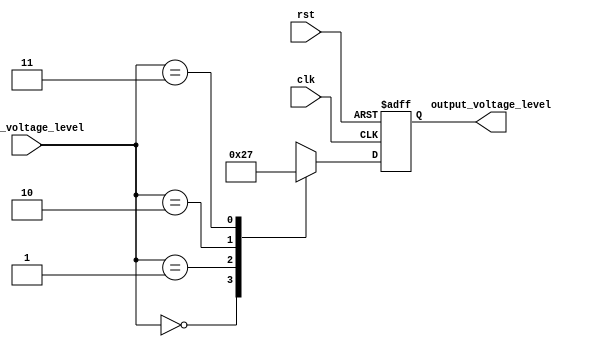
module voltage_level_shifter (
    input wire clk,
    input wire rst,
    input wire [1:0] input_voltage_level, // 2-bit input for voltage level detection
    output reg [1:0] output_voltage_level // 2-bit output for voltage level translation
);

always @(posedge clk or negedge rst) begin
    if (~rst) begin
        output_voltage_level <= 2'b00; // Initial output voltage level is 00
    end else begin
        case(input_voltage_level)
            2'b00: output_voltage_level <= 2'b00; // Input voltage level is 00, output level is also 00
            2'b01: output_voltage_level <= 2'b10; // Input voltage level is 01, output level is 10
            2'b10: output_voltage_level <= 2'b01; // Input voltage level is 10, output level is 01
            2'b11: output_voltage_level <= 2'b11; // Input voltage level is 11, output level is 11
        endcase
    end
end

endmodule